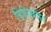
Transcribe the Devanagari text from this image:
विधिरूपाय